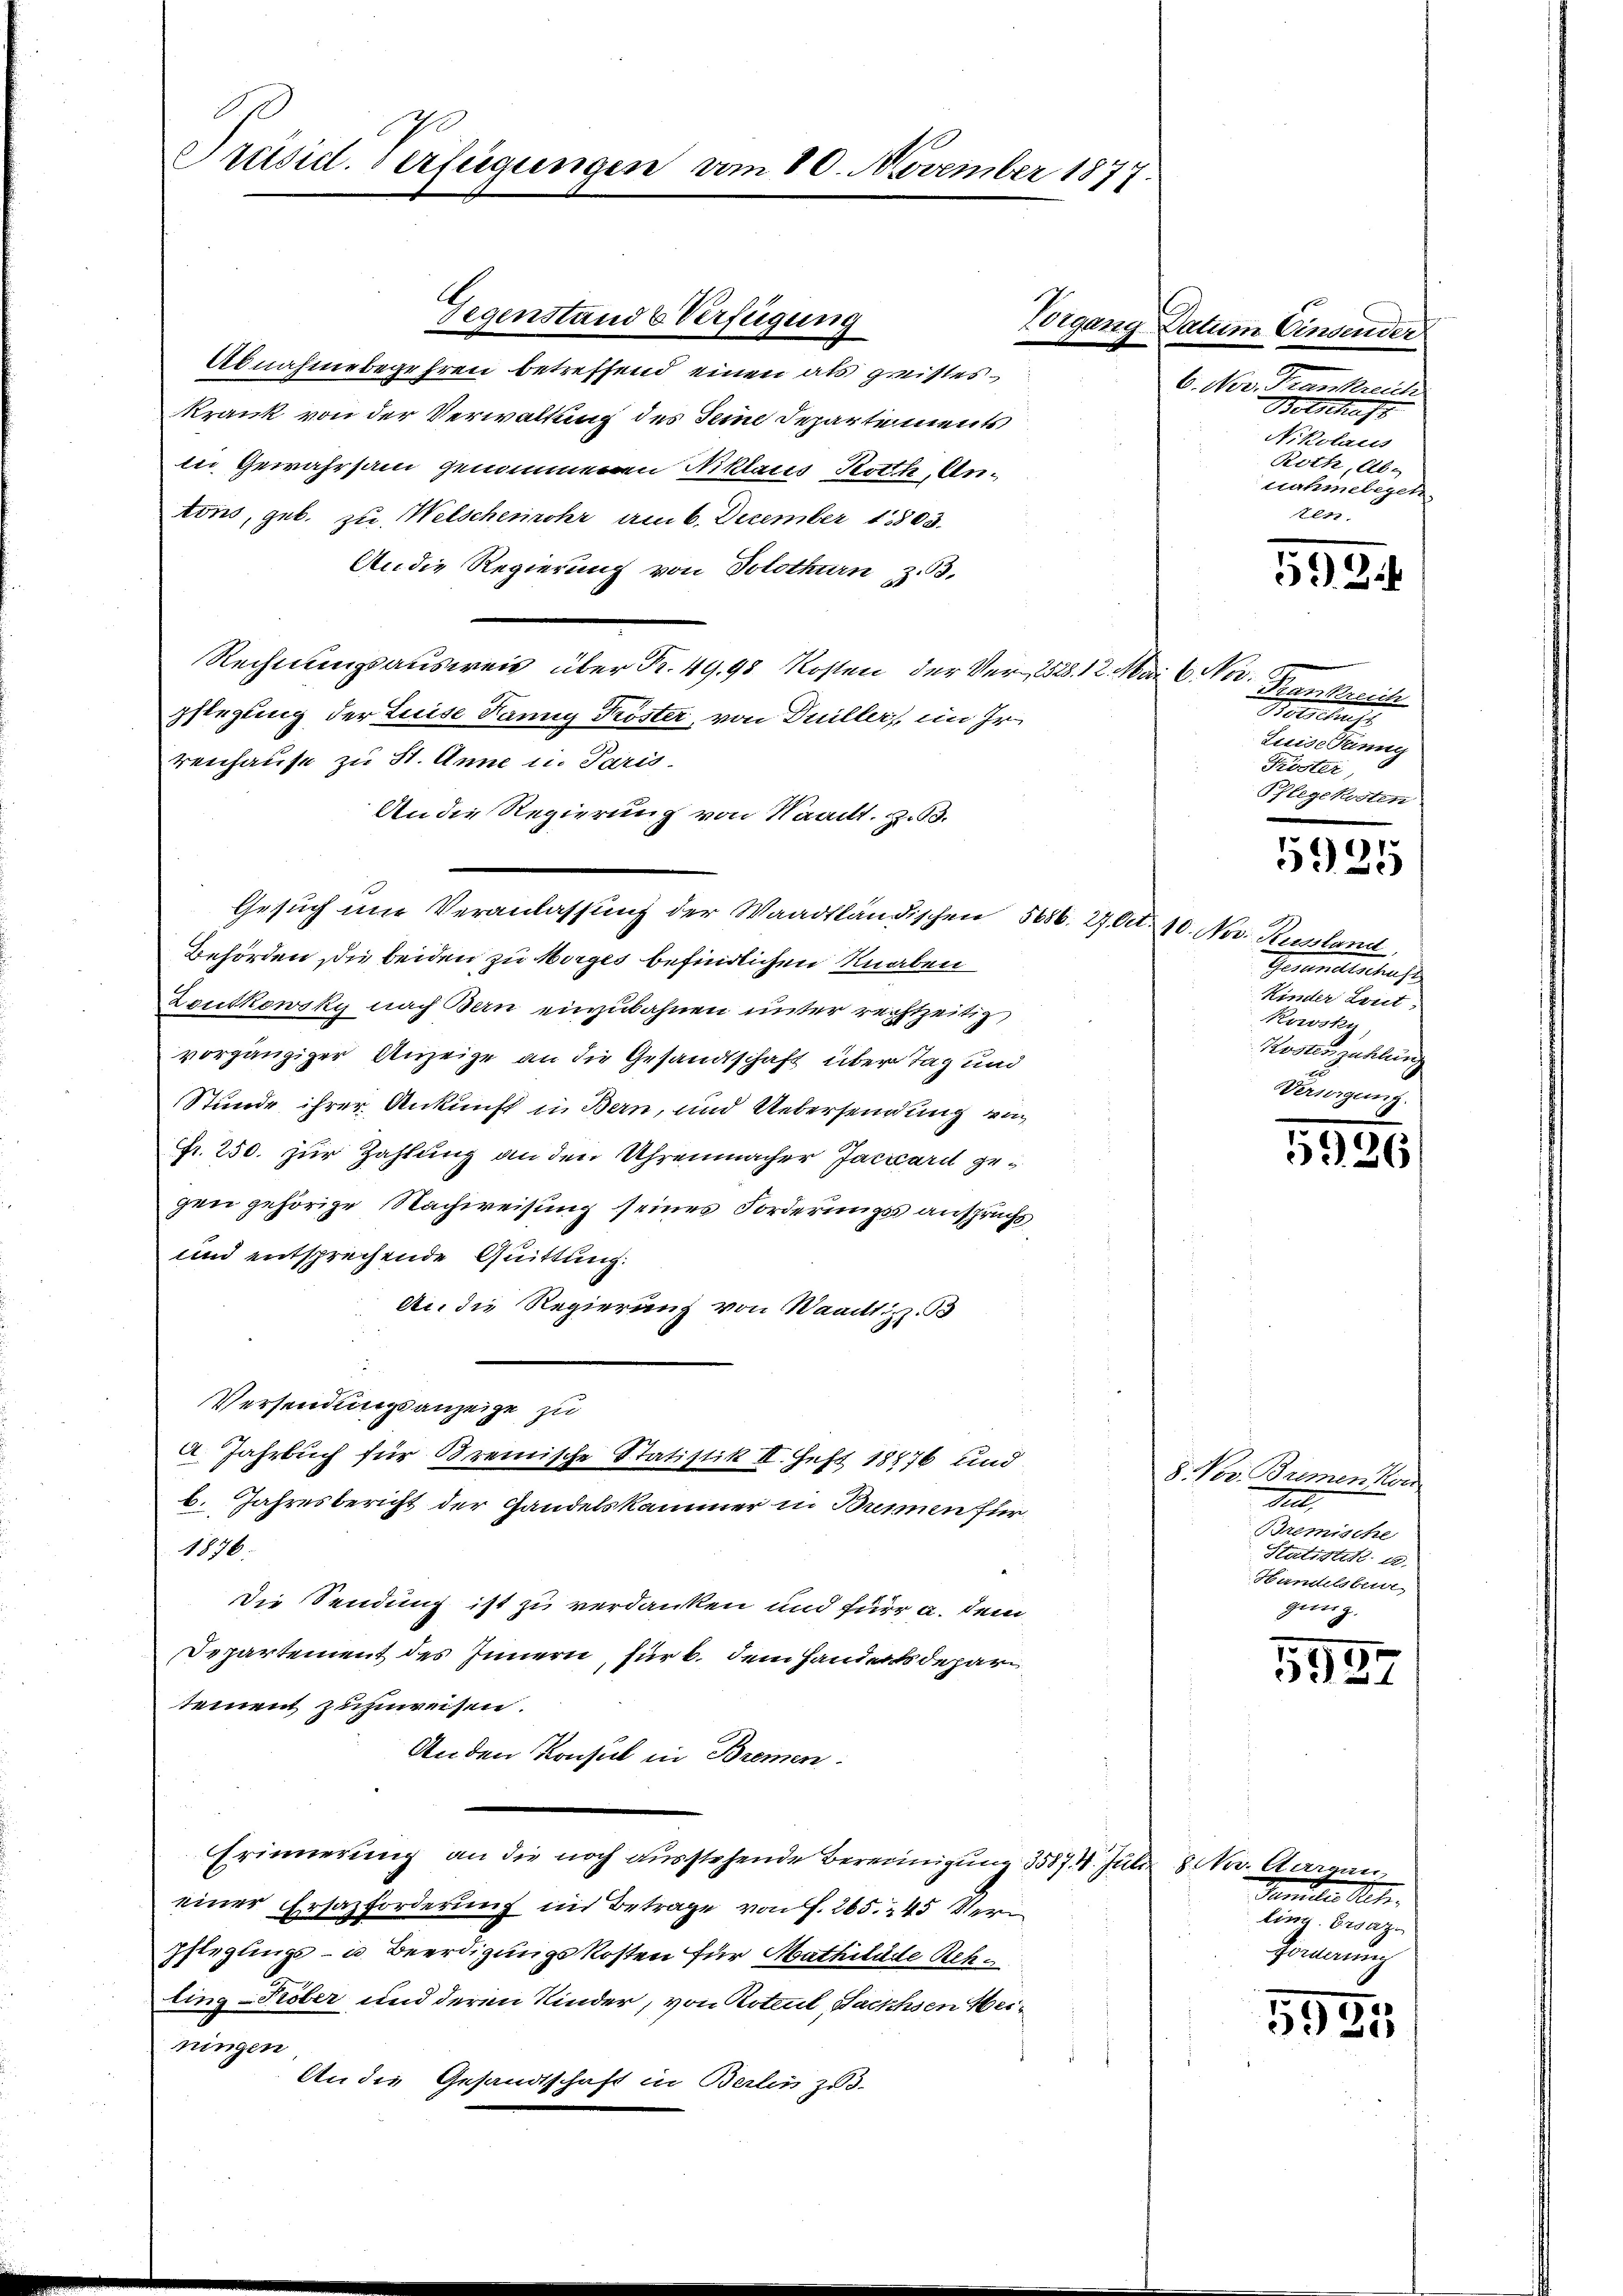
Präsid. Verfügungen vom 80. November 1877.

A
Abnahmebegehren betreffend einen als greisteskrank von der Verwaltung des Seine Separtements
in Gewahrsam genommenen Niklaus Roth, Antons, geb. zu Welschenrohr am 6. Dezember 1803.
An die Regierung von Solothurn z. B.
Rechnungsausweis über Nr. 49. 98 Kosten der Ver- 2528. 12. Mai 6 Nov.
pflegung der Luise Tannig Tröster, von Duiller, im Ir
renhause zu St. Anne in Paris.
An die Regierung von Waadt, 3.
Gesuch nur Veranlassung der Waadtländischen 5686. 27. Oct. 10. Nov. Russland,
Behörden die beiden zu Morges befindlichen Knaben
Zeutkowsky nach Bern einzubahnen unter rechtzeitig
vorgängiger Anzeige an die Gesandtschaft über Tag und
Stunde ihrer Ankunft in Bern, und Uebersendung von
Fr. 250. zur Zahlung an den Uhrenmacher Jacuard gegen gehörige Nachweisung seines Forderungsanspruchs
und entsprechende Quittung.
An die Regierung von Waadtliz. B
Versendungsanzeige zu
a. Jahrbuch für Bremische Statistik II. Heft 18876 und
b. Jahresbericht der Handelskammer in Brennen für
1876.
Die Sendung ist zu verdanken und fürr a. dem
Departement des Innern, für b. dem Handerts depar
tement zuzuweisen.
An den Konsul in Bremen
Erinnerung an die noch ausstehende Bereinigung 35874. Juli 18. Nov. Aargau
einer Ersazforderung in Betrage von f. 265. 245 Ver¬
Pflegungs- u Beerdigungskosten für Mathilade Rekling-Köber und deren Kinder, von Roteul, Sachsen Heiningen
An die Gesandtschaft in Berlin zu-

Gegenstand & Verfügung

Vorgang Datum Einsender
6. Nov. Frankreich
Betschaft
Nikolaus
Roth, Abnahmebegeh
tten.

593.

Frankreich
Botschaft
Luise Banng
Kröster,
Phlegekosten

1935

Gesandtschaft
Kinder Leut
Kowski
Kostenzahlung
Versorgung.

5926

8. Nov. Bremen Nor
dill
Bremische
Statistik a.
Handelsberi
genug.

334

Tanten St.
ling. Ersatz
Forderung

5935